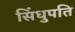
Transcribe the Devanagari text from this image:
सिंधुपति